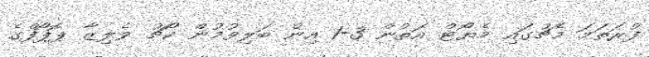
ފުރަތަމަ މެޗުގައި މެޔޯޓް އަތުން 3-1 އިން ބަލިވުމުން ކޯޗު ވެލިޒާ ޕޮޕޯފްގެ